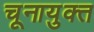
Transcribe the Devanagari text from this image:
चूनायुक्त